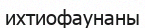
ихтиофаунаны